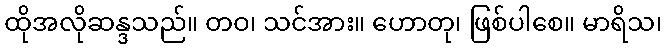
ထိုအလိုဆန္ဒသည်။ တဝ၊ သင်အား။ ဟောတု၊ ဖြစ်ပါစေ။ မာရိသ၊